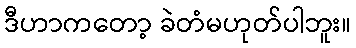
ဒီဟာကတော့ ခဲတံမဟုတ်ပါဘူး။